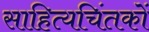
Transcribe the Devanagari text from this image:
साहित्यचिंतकों